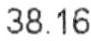
38.16